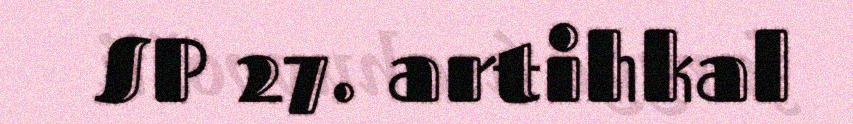
SP 27. artihkal